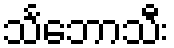
သင်္ဘောသီး